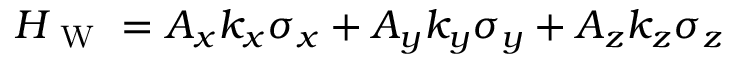
H _ { \mathrm { ~ W ~ } } = A _ { x } k _ { x } \sigma _ { x } + A _ { y } k _ { y } \sigma _ { y } + A _ { z } k _ { z } \sigma _ { z }